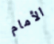
الأمام